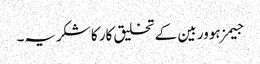
جیمز ہوور بین کے تخلیق کار کا شکریہ۔